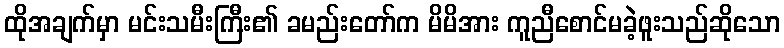
ထိုအချက်မှာ မင်းသမီးကြီး၏ ခမည်းတော်က မိမိအား ကူညီစောင်မခဲ့ဖူးသည်ဆိုသော